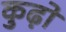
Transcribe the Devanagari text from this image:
कुढ़ो